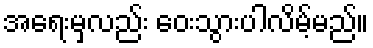
အရေးမှလည်း ဝေးသွားပါလိမ့်မည်။